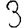
Digit: 3